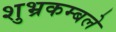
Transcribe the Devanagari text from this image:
शुभ्रकम्बले